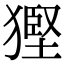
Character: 𤠿